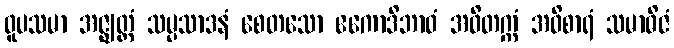
ဝူပသမာ အဇ္ဈတ္တံ သမ္ပသာဒနံ စေတသော ဧကောဒိဘာဝံ အဝိတက္ကံ အဝိစာရံ သမာဓိဇံ